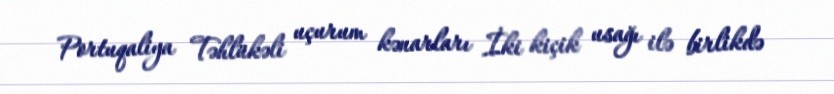
Portuqaliya Təhlükəli uçurum kənarları İki kiçik usağı ilə birlikdə